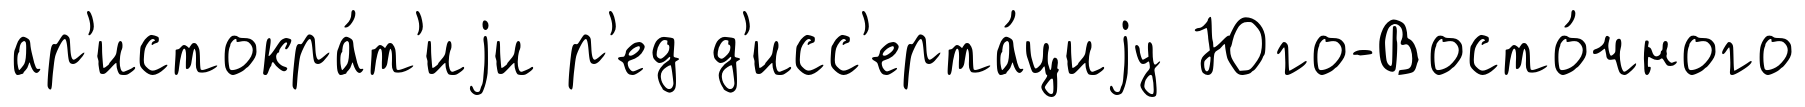
ар'истокра́т'иjи р'ед д'исс'ерта́циjу Юго-Восто́чного